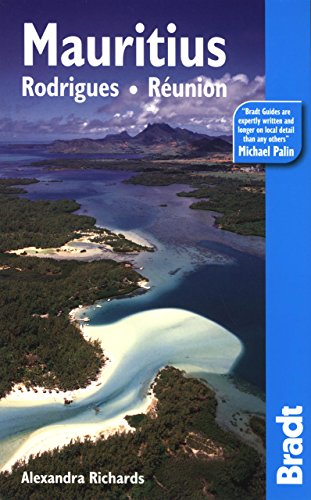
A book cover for Mauritius, 7th: Rodrigues o Reunion (Bradt Travel Guide); Alexandra Richards; Travel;